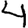
Digit: 4